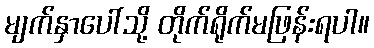
မျက်နှာပေါ်သို့ တိုက်ရိုက်မဖြန်းရပါ။